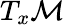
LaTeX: T_{x}{\mathcal{M}}